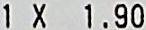
1 X 1.90